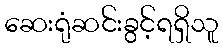
ဆေးရုံဆင်းခွင့်ရရှိသူ